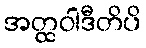
အတ္ထဝါဒီတိပိ